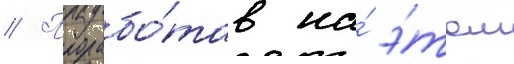
// Прорабо́тав на́ э́том